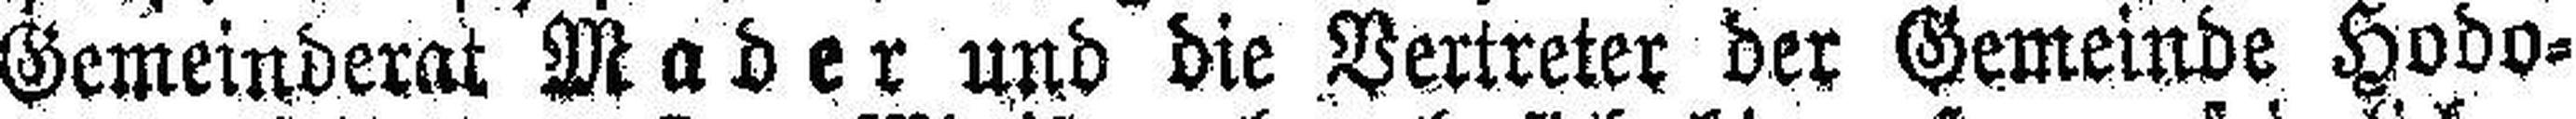
Gemeinderat Mader und die Vertreter der Gemeinde Hodo¬